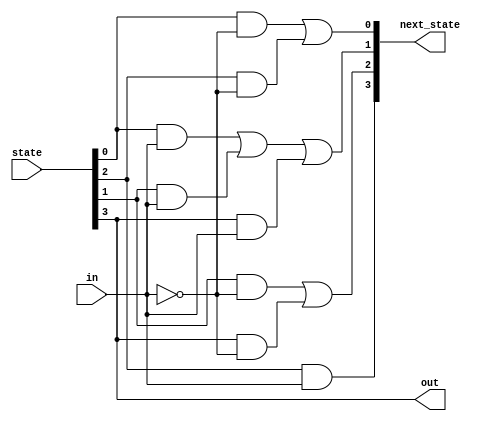
module top_module(
    input in,
    input [3:0] state,
    output [3:0] next_state,
    output out); //

    parameter A=0, B=1, C=2, D=3;

    // State transition logic: Derive an equation for each state flip-flop.
    assign next_state[A] = state[A]&~in | state[C]&~in;
    assign next_state[B] = state[A]&in | state[B]&in | state[D]&in;
    assign next_state[C] = state[B]&~in | state[D]&~in;
    assign next_state[D] = state[C]&in;

    // Output logic: 
    assign out = state[D];

endmodule